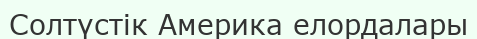
Солтүстік Америка елордалары